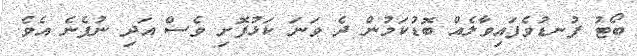
ބޯޓު ފުނޑުވެފައިވާލެއް ބޮޑުކަމުން ދެ ވަނަ ކަޅުފޮށި ވެސް އަދި ނުފެނެ އެވެ.